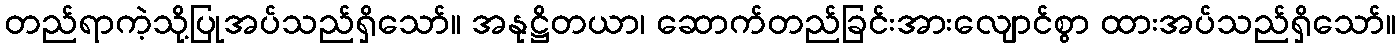
တည်ရာကဲ့သို့ပြုအပ်သည်ရှိသော်။ အနုဋ္ဌိတယာ၊ ဆောက်တည်ခြင်းအားလျောင်စွာ ထားအပ်သည်ရှိသော်။